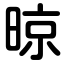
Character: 晾